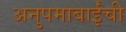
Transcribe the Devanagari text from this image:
अनुपमाबाईंची